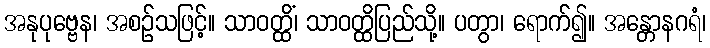
အနုပုဗ္ဗေန၊ အစဉ်သဖြင့်။ သာဝတ္ထိံ၊ သာဝတ္ထိပြည်သို့။ ပတွာ၊ ရောက်၍။ အန္တောနဂရံ၊